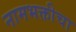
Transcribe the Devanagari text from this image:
नामभक्तीचा